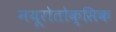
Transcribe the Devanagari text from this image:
नयूरोतोक्सिक